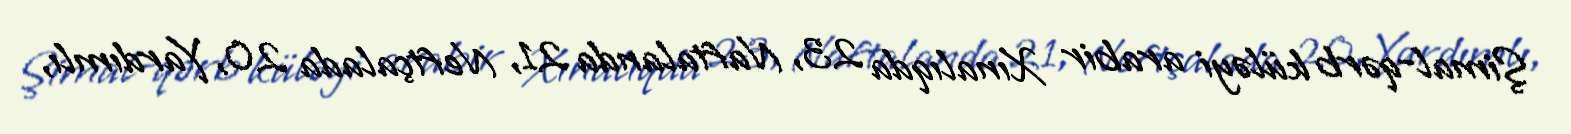
Şimal-qərb küləyi arabir Xınalıqda 23, Naftalanda 21, Neftçalada 20, Yardımlı,